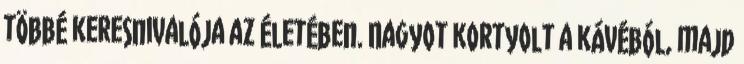
többé keresnivalója az életében. Nagyot kortyolt a kávéból, majd